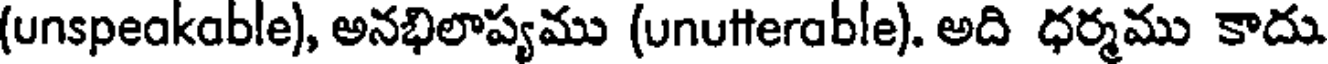
(unspeakable), అనభిలాప్యము (unutterable). అది ధర్మము కాదు